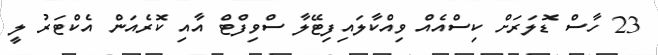
23 ހާސް ޑޮލަރަށް ކިސްއެއް ވިއްކާލައިފިޓޭލާ ސްވިފްޓް އާއި ކޮރެއަން އެކްޓަރު ލީ